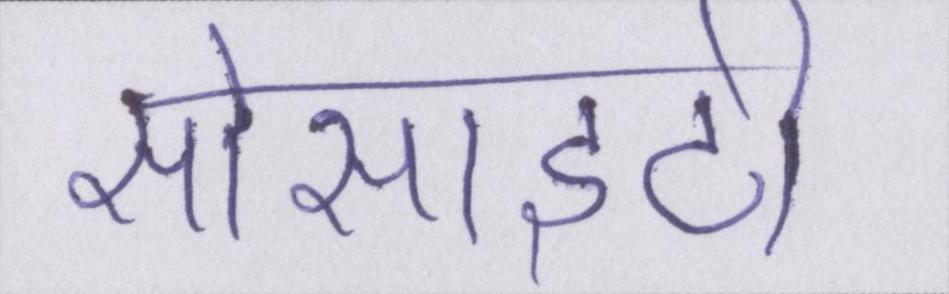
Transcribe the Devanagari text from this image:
सोसाइटी